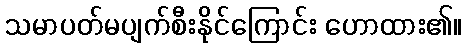
သမာပတ်မပျက်စီးနိုင်ကြောင်း ဟောထား၏။